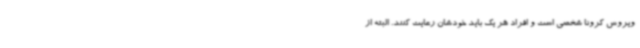
ویروس کرونا شخصی است و افراد هر یک باید خودشان رعایت کنند. البته از